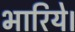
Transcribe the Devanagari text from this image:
भारिये।